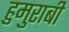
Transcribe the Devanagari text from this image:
हुमुराबी